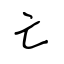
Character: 亡